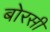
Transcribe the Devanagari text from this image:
बोरसी